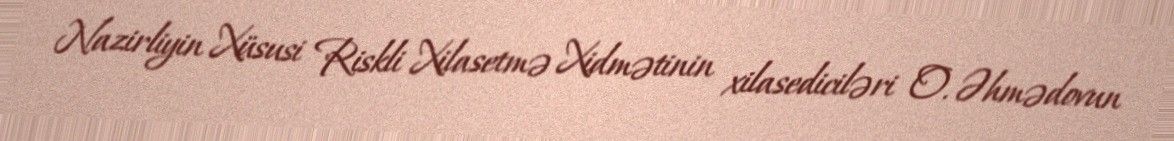
Nazirliyin Xüsusi Riskli Xilasetmə Xidmətinin xilasediciləri O. Əhmədovun